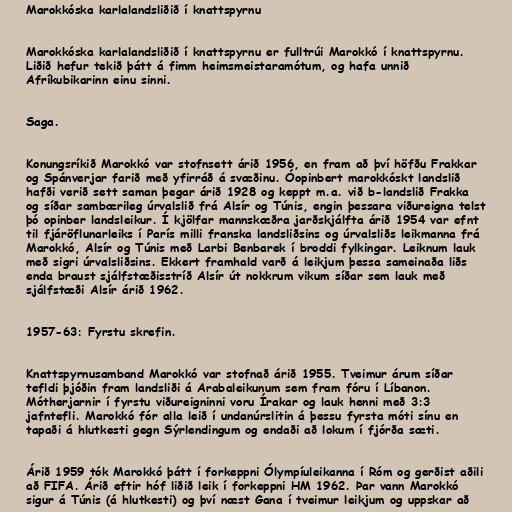
Marokkóska karlalandsliðið í knattspyrnu

Marokkóska karlalandsliðið í knattspyrnu er fulltrúi Marokkó í knattspyrnu.
Liðið hefur tekið þátt á fimm heimsmeistaramótum, og hafa unnið
Afríkubikarinn einu sinni.

Saga.

Konungsríkið Marokkó var stofnsett árið 1956, en fram að því höfðu Frakkar
og Spánverjar farið með yfirráð á svæðinu. Óopinbert marokkóskt landslið
hafði verið sett saman þegar árið 1928 og keppt m.a. við b-landslið Frakka
og síðar sambærileg úrvalslið frá Alsír og Túnis, engin þessara viðureigna telst
þó opinber landsleikur. Í kjölfar mannskæðra jarðskjálfta árið 1954 var efnt
til fjáröflunarleiks í París milli franska landsliðsins og úrvalsliðs leikmanna frá
Marokkó, Alsír og Túnis með Larbi Benbarek í broddi fylkingar. Leiknum lauk
með sigri úrvalsliðsins. Ekkert framhald varð á leikjum þessa sameinaða liðs
enda braust sjálfstæðisstríð Alsír út nokkrum vikum síðar sem lauk með
sjálfstæði Alsír árið 1962.

1957-63: Fyrstu skrefin.

Knattspyrnusamband Marokkó var stofnað árið 1955. Tveimur árum síðar
tefldi þjóðin fram landsliði á Arabaleikunum sem fram fóru í Líbanon.
Mótherjarnir í fyrstu viðureigninni voru Írakar og lauk henni með 3:3
jafntefli. Marokkó fór alla leið í undanúrslitin á þessu fyrsta móti sínu en
tapaði á hlutkesti gegn Sýrlendingum og endaði að lokum í fjórða sæti.

Árið 1959 tók Marokkó þátt í forkeppni Ólympíuleikanna í Róm og gerðist aðili
að FIFA. Árið eftir hóf liðið leik í forkeppni HM 1962. Þar vann Marokkó
sigur á Túnis (á hlutkesti) og því næst Gana í tveimur leikjum og uppskar að